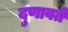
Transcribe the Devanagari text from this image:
दुणावते